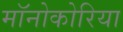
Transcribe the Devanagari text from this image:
मॉनोकोरिया